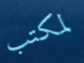
لمكتب